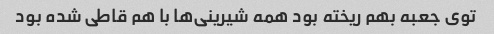
توی جعبه بهم ریخته بود همه شیرینی‌ها با هم قاطی شده بود